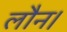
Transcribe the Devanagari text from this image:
लौन।